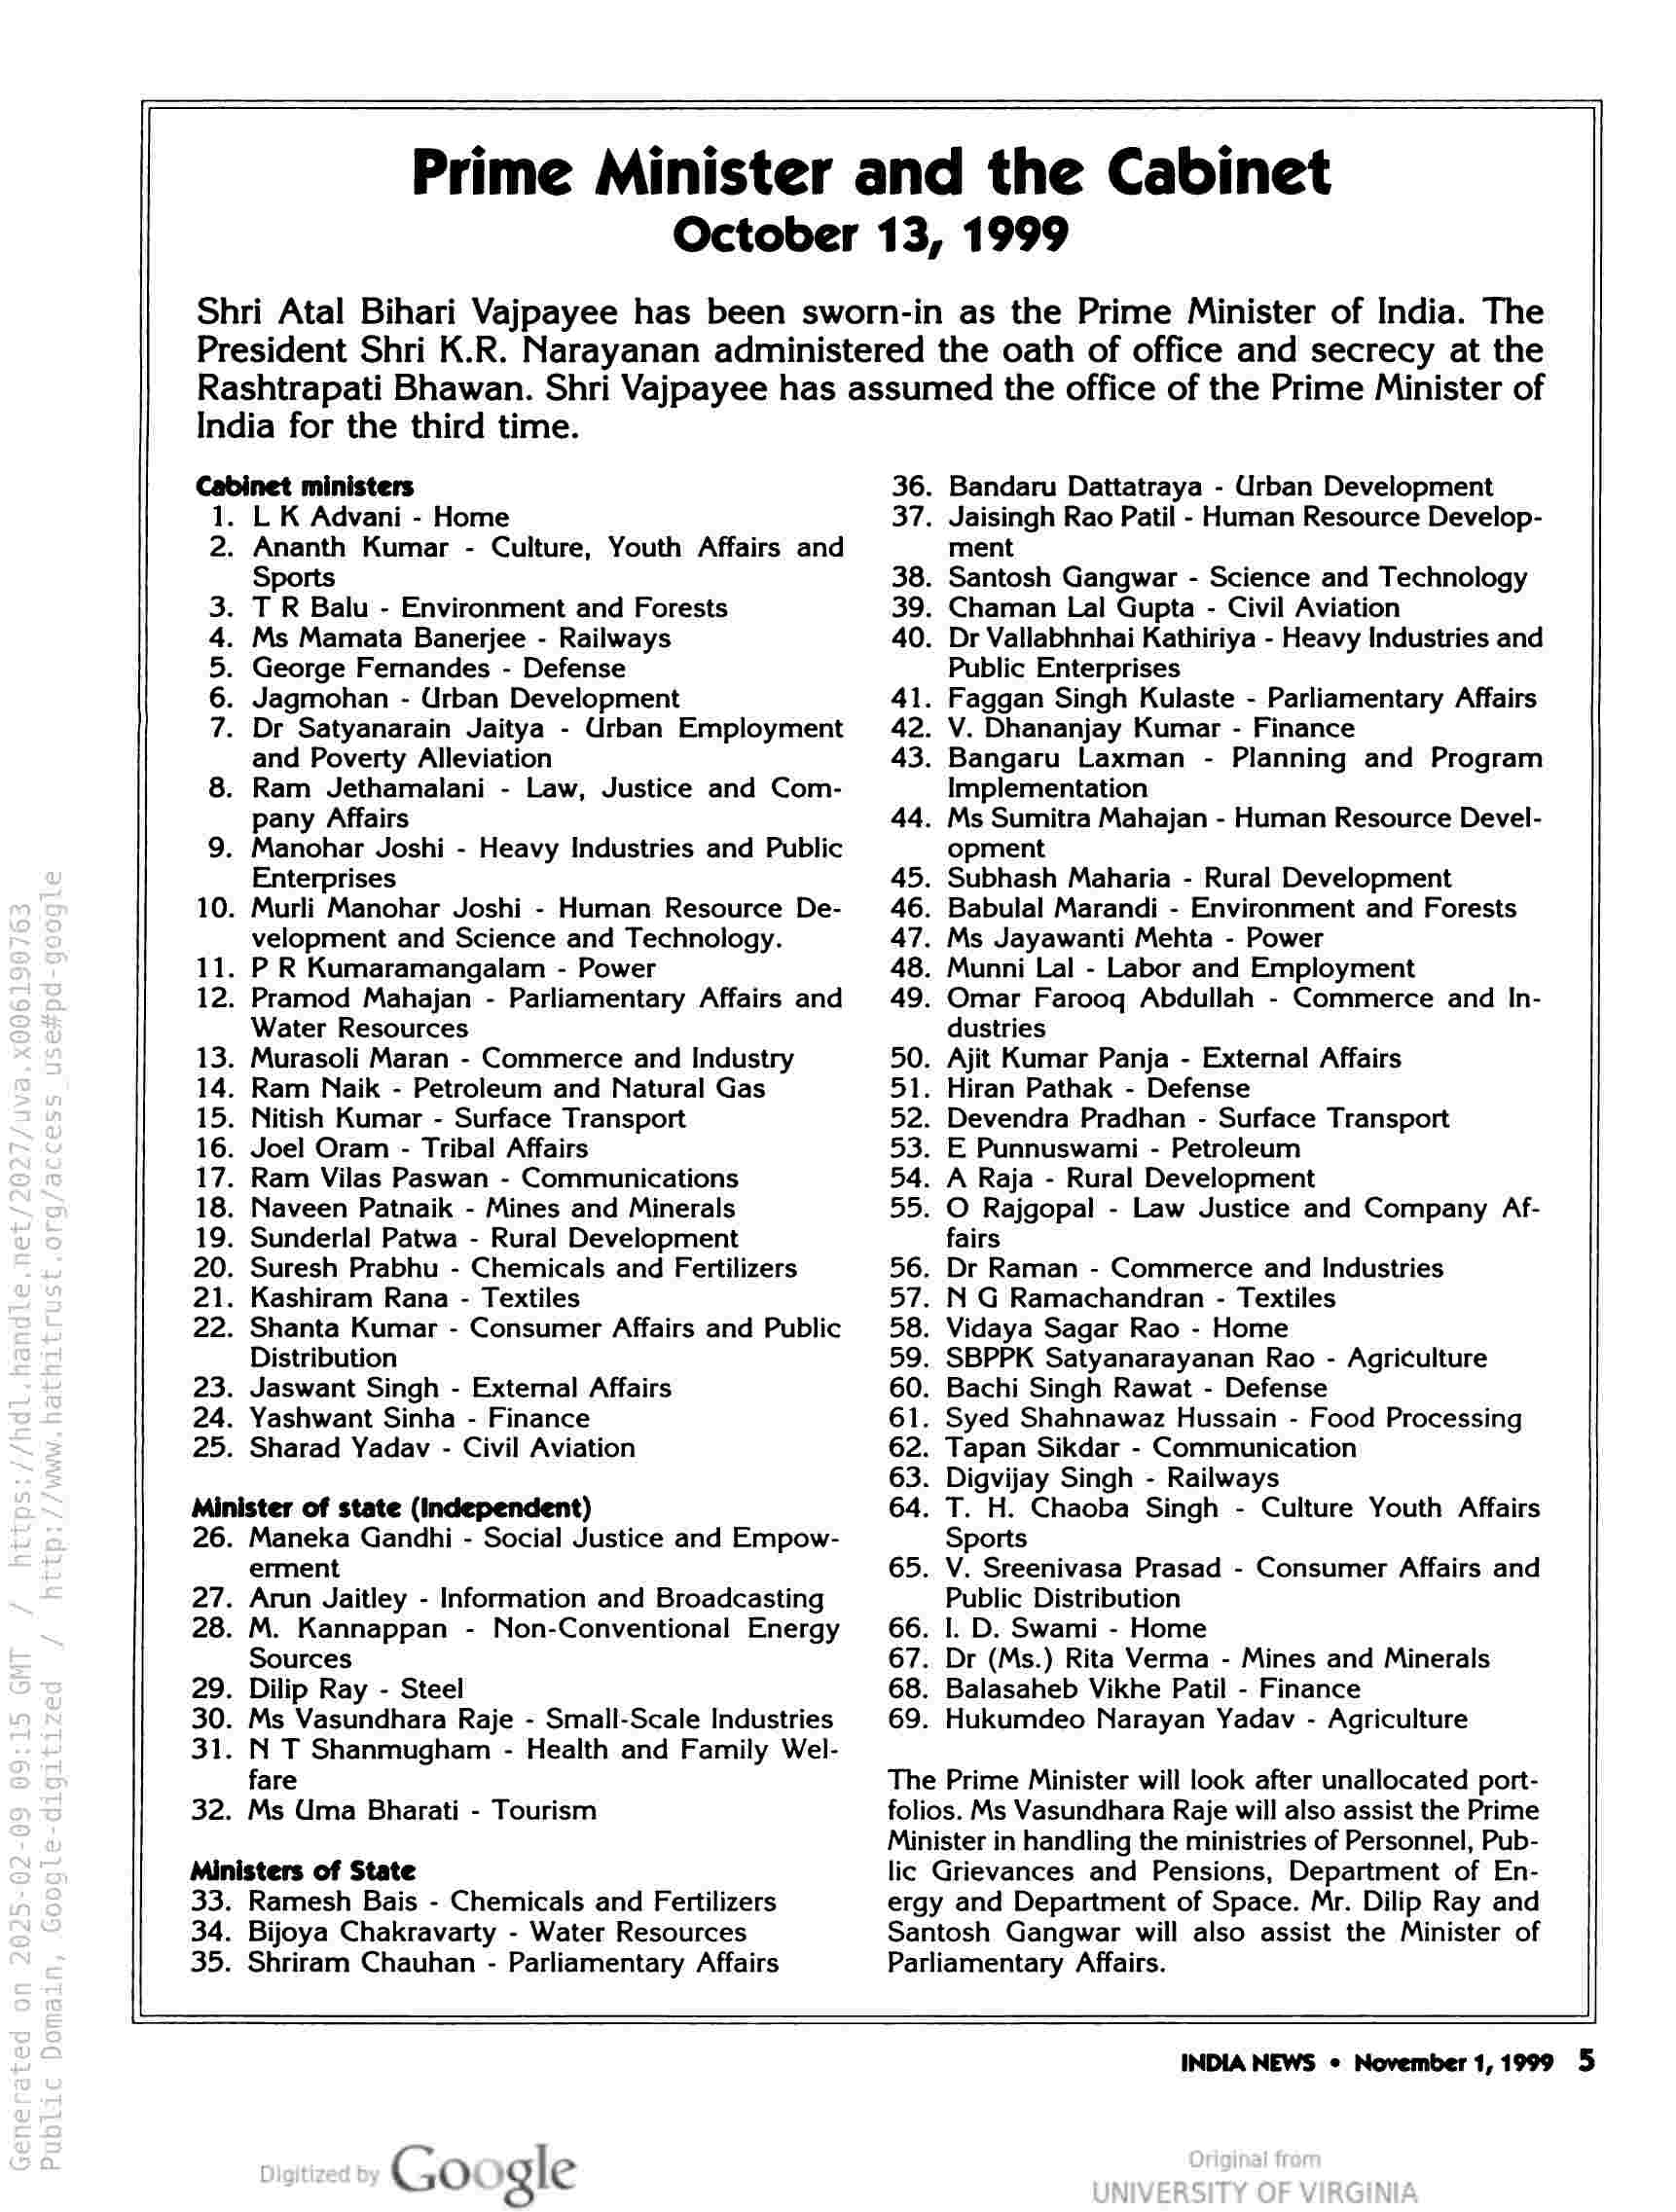
© NOURW No

Prime Minister and the Cabinet

October 13, 1999
Shri Atal Bihari Vajpayee has been sworn-in as the Prime Minister of India. The
President Shri K.R. Narayanan administered the oath of office and secrecy at the

Rashtrapati Bhawan. Shri Vajpayee has assumed the office of the Prime Minister of
India for the third time.

Cabinet ministers

. LK Advani - Home

Ananth Kumar - Culture, Youth Affairs and
Sports

T R Balu - Environment and Forests

Ms Mamata Banerjee - Railways

George Fernandes - Defense

Jagmohan - Urban Development

Dr Satyanarain Jaitya - Urban Employment
and Poverty Alleviation

. Ram Jethamalani - Law, Justice and Com-

pany Affairs

. Manohar Joshi - Heavy Industries and Public

Enterprises

. Murli Manohar Joshi - Human Resource De-

velopment and Science and Technology.

. P R Kumaramangalam - Power
. Pramod Mahajan - Parliamentary Affairs and

Water Resources

. Murasoli Maran - Commerce and Industry

. Ram Naik - Petroleum and Natural Gas

. Nitish Kumar - Surface Transport

. Joel Oram - Tribal Affairs

. Ram Vilas Paswan - Communications

. Naveen Patnaik - Mines and Minerals

. Sunderlal Patwa - Rural Development

. Suresh Prabhu - Chemicals and Fertilizers

. Kashiram Rana - Textiles

. Shanta Kumar - Consumer Affairs and Public

Distribution

. Jaswant Singh - External Affairs
. Yashwant Sinha - Finance
. Sharad Yadav - Civil Aviation

Minister of state (Independent)

26

27.
28.

29.
30.
31.

32.

. Maneka Gandhi - Social Justice and Empow-

erment

Arun Jaitley - Information and Broadcasting

M. Kannappan - Non-Conventional Energy
Sources

Dilip Ray - Steel

Ms Vasundhara Raje - Small-Scale Industries
N T Shanmugham - Health and Family Wel-
fare

Ms Uma Bharati - Tourism

Ministers of State

36.
37.

38.
39.
40.

41.
42.
43.

44.

65.

66.
67.
68.
69.

Bandaru Dattatraya - Urban Development
Jaisingh Rao Patil - Human Resource Develop-
ment

Santosh Gangwar - Science and Technology
Chaman Lal Gupta - Civil Aviation

Dr Vallabhnhai Kathiriya - Heavy Industries and
Public Enterprises

Faggan Singh Kulaste - Parliamentary Affairs
V. Dhananjay Kumar - Finance

Bangaru Laxman - Planning and Program
Implementation

Ms Sumitra Mahajan - Human Resource Devel-
opment

. Subhash Maharia - Rural Development

. Babulal Marandi - Environment and Forests

. Ms Jayawanti Mehta - Power

. Munni Lal - Labor and Employment

. Omar Faroog Abdullah - Commerce and In-

dustries

. Ajit Kumar Panja - External Affairs

. Hiran Pathak - Defense

. Devendra Pradhan - Surface Transport

. E Punnuswami - Petroleum

. A Raja - Rural Development

. O Rajgopal - Law Justice and Company Af-

fairs

. Dr Raman - Commerce and Industries

- N G Ramachandran - Textiles

. Vidaya Sagar Rao - Home

. SBPPK Satyanarayanan Rao - Agriculture

. Bachi Singh Rawat - Defense

. Syed Shahnawaz Hussain - Food Processing
. Tapan Sikdar - Communication

. Digvijay Singh - Railways

. T. H. Chaoba Singh - Culture Youth Affairs

Sports

V. Sreenivasa Prasad - Consumer Affairs and
Public Distribution

I. D. Swami - Home

Dr (Ms.) Rita Verma - Mines and Minerals
Balasaheb Vikhe Patil - Finance

Hukumdeo Narayan Yadav - Agriculture

The Prime Minister will look after unallocated port-
folios. Ms Vasundhara Raje will also assist the Prime
Minister in handling the ministries of Personnel, Pub-
lic Grievances and Pensions, Department of En-

33. Ramesh Bais - Chemicals and Fertilizers
34. Bijoya Chakravarty - Water Resources
35. Shriram Chauhan - Parliamentary Affairs

ergy and Department of Space. Mr. Dilip Ray and
Santosh Gangwar will also assist the Minister of
Parliamentary Affairs.

Go gle

INDIA NEWS © November 1, 1999 5